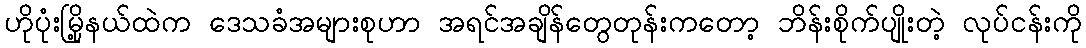
ဟိုပုံးမြို့နယ်ထဲက ဒေသခံအများစုဟာ အရင်အချိန်တွေတုန်းကတော့ ဘိန်းစိုက်ပျိုးတဲ့ လုပ်ငန်းကို